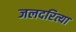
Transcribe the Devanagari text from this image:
जलदरित्या